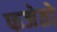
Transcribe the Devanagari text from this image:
फजेतो